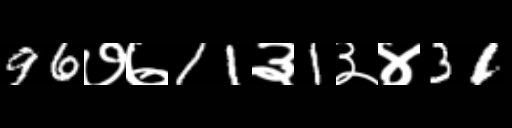
Text: 96७७11३1३४31